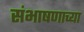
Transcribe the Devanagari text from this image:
संभाषणाच्या